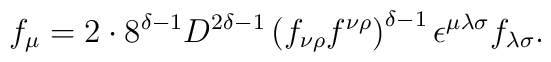
f_{\mu } =2 \cdot 8^{\delta -1} D^{2\delta -1}\left(f_{ \nu  \rho} f^{\nu \rho } \right)^{\delta -1} \epsilon^{\mu\lambda \sigma } f_{\lambda \sigma }.